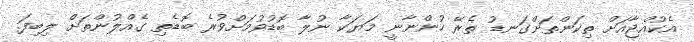
އެކުއްޖާއަށް ތިކަންތަށްގަނޑު ތެރޭ ހުންނާނީ މަޔަކާ ނުލާ ބޮޑުވުމަށްވުރެ ބޮޑެތި ގެއްލުންތަށް ލިބިފަ.